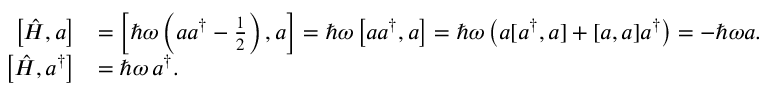
{ \begin{array} { r l } { \left[ { \hat { H } } , a \right] } & { = \left[ \hbar \omega \left( a a ^ { \dagger } - { \frac { 1 } { 2 } } \right) , a \right] = \hbar \omega \left[ a a ^ { \dagger } , a \right] = \hbar \omega \left( a [ a ^ { \dagger } , a ] + [ a , a ] a ^ { \dagger } \right) = - \hbar \omega a . } \\ { \left[ { \hat { H } } , a ^ { \dagger } \right] } & { = \hbar \omega \, a ^ { \dagger } . } \end{array} }